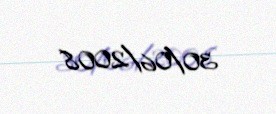
30/06/2008